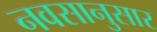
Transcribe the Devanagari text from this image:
नवसानुसार